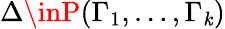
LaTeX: \Delta\inP(\Gamma_{1},\dots,\Gamma_{\mathit{k}})